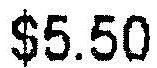
$5.50